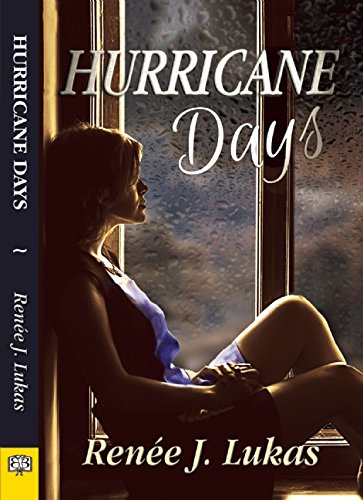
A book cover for Hurricane Days; Renee J. Lukas; Romance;